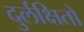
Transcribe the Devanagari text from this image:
दुर्लक्षितो